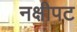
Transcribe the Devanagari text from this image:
नक्षीपट